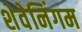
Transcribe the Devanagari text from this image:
शेवेनिंगम